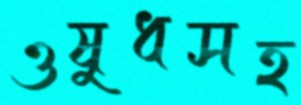
ওষুধসহ